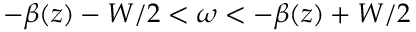
- \beta ( z ) - W / 2 < \omega < - \beta ( z ) + W / 2